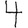
Digit: 4